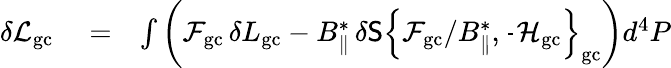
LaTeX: \begin{array}{rlr}{\delta{\cal L}_{\mathrm{gc}}}&{{}=}&{\int\left({\cal F}_{\mathrm{gc}}\, \delta L_{\mathrm{gc}}-B_{\| }^{*}\, \delta{\sf S}\left\{ {\cal F}_{\mathrm{gc}}/B_{\| }^{*},\frac{}{}{\cal H}_{\mathrm{gc}}\right\} _{\mathrm{gc}}\right)d^{4}P}\end{array}